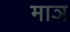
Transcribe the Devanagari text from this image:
माञ